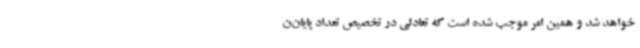
خواهد شد و همین امر موجب شده است که تعادلی در تخصیص تعداد پایان‌ن